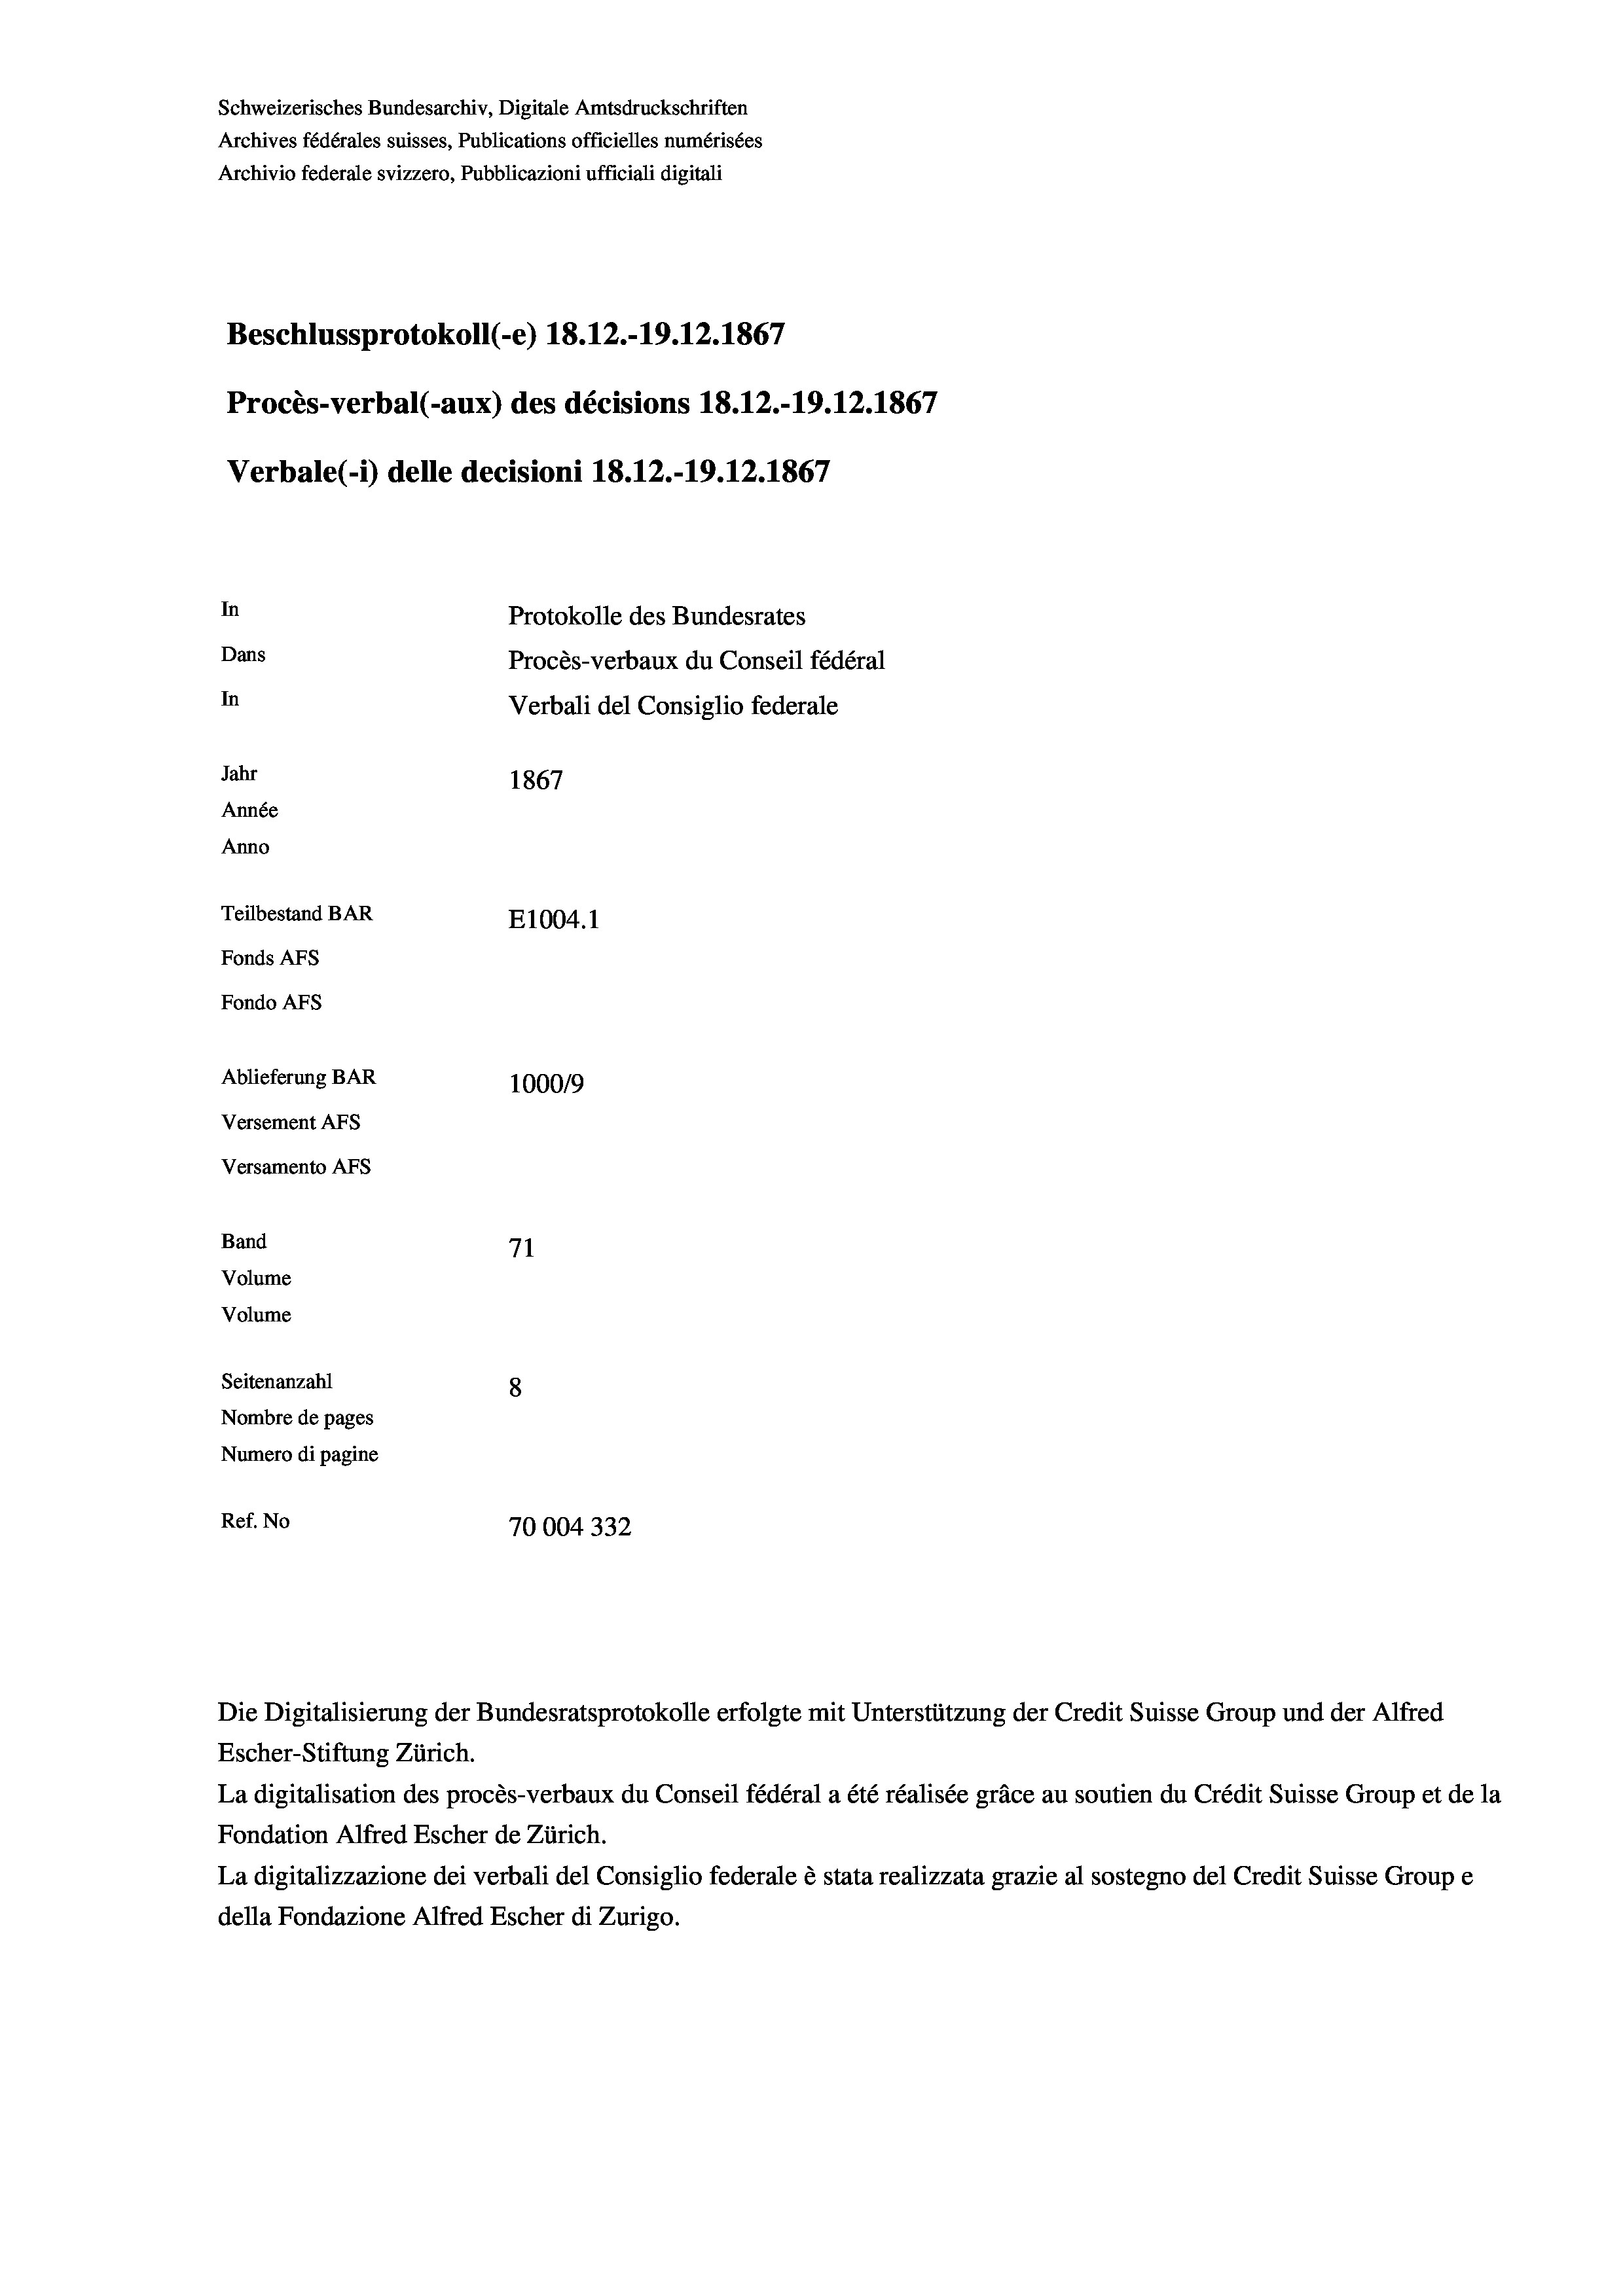
Schweizerisches Bundesarchiv, Digitale Amtsdruckschriften
Archives fédérales suisses, Publications officielles numérisées
Archivio federale svizzero, Pubblicazioni ufficiali digitali
Beschlussprotokoll (-e) 18. 12.-19.12.1867
Procès-verbal (-aux) des décisions 18.12.-19.12.1867
Verbale (- 1) delle decisioni 18.12.-19.12.1867
In
Protokolle des Bundesrates
Dans
Procès-verbaux du Conseil fédéral
In
Verbali del Consiglio federale
Jahr
1867
Année
Anno
Teilbestand BAR
E1004.1
Fonds AFs
Fondo AFS
Ablieferung BAR
100019
Versement AFs
Versamento AFs
Band
71
Volume
Volume
Seitenanzahl
8
Nombre de pages
Numero di pagine
Ref. No
70004 332

La digitalisation des procès-verbaux du Conseil fédéral a été réalisée gräce au soutien du Crédit Suisse Group et de la
Fondation Alfred Escher de Zürich.
La digitalizzazione dei verbali del Consiglio federale è stata realizzata grazie al sostegno del Credit Suisse Groupe
della Fondazione Alfred Escher di Zurigo.

Die Digitalisierung der Bundesratsprotokolle erfolgte mit Unterstützung der Credit Suisse Group und der Alfred
Escher-Stiftung Zürich.